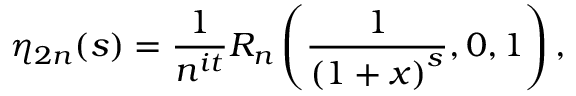
\eta _ { 2 n } ( s ) = { \frac { 1 } { n ^ { i t } } } R _ { n } \left( { \frac { 1 } { { ( 1 + x ) } ^ { s } } } , 0 , 1 \right) ,